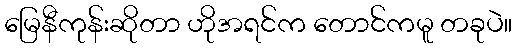
မြေနီကုန်းဆိုတာ ဟိုအရင်က တောင်ကမူ တခုပဲ။